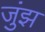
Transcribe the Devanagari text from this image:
जुंझ